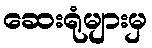
ဆေးရုံများမှ